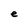
Character: e